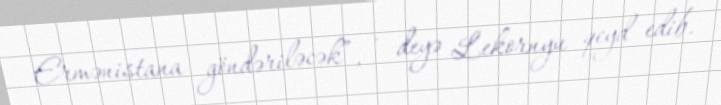
Ermənistana göndəriləcək”, - deyə Lekornyu qeyd edib.